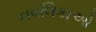
નવલિકાઓ